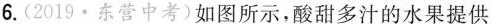
6.(2019·东营中考)如图所示，酸甜多汁的水果提供